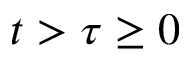
t > \tau \geq 0